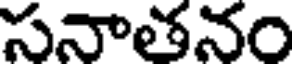
సనాతనం